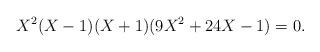
LaTeX: \begin{align*} X^2(X-1)(X+1)(9X^2+24X-1)=0. \end{align*}